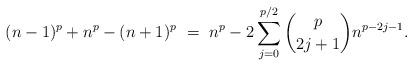
LaTeX: \begin{align*}(n-1)^{p} + n^{p} - (n+1)^{p} \ = \ n^{p} - 2 \sum_{j=0}^{p/2} \binom{p}{2j+1}n^{p-2j-1}.\end{align*}